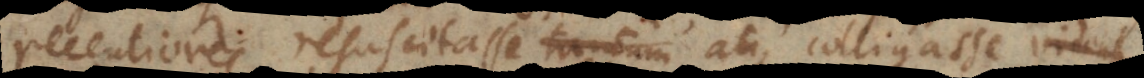
recentiores resuscitasse tantum atque colligasse